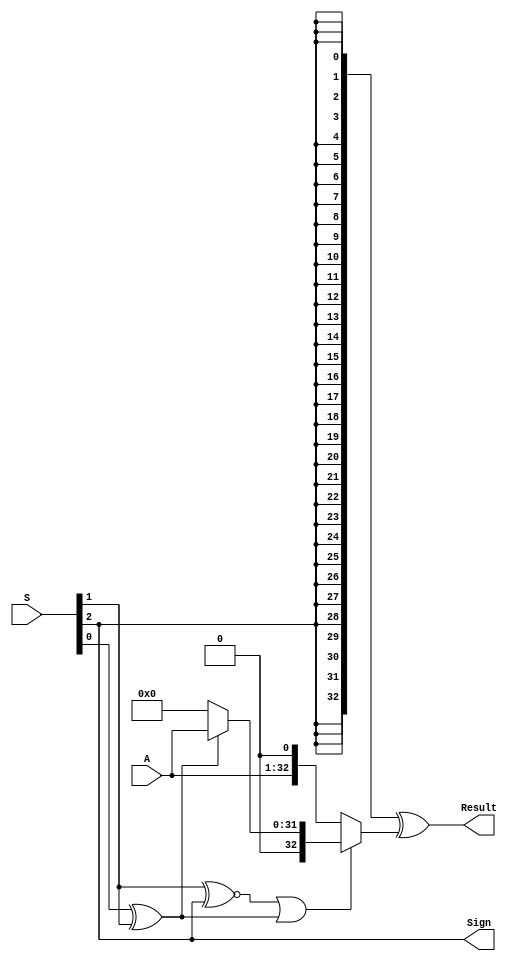
/*
 * Copyright (c) 2023-2024 C*Core Technology Co.,Ltd,Suzhou.
 * Ventus-RTL is licensed under Mulan PSL v2.
 * You can use this software according to the terms and conditions of the Mulan PSL v2.
 * You may obtain a copy of Mulan PSL v2 at:
 *          http://license.coscl.org.cn/MulanPSL2
 * THIS SOFTWARE IS PROVIDED ON AN "AS IS" BASIS, WITHOUT WARRANTIES OF ANY KIND,
 * EITHER EXPRESS OR IMPLIED, INCLUDING BUT NOT LIMITED TO NON-INFRINGEMENT,
 * MERCHANTABILITY OR FIT FOR A PARTICULAR PURPOSE.
 * See the Mulan PSL v2 for more details. */
// Description:booth
`timescale 1ns/1ns
module Booth #(parameter WORDLEN=32) (
	/* from LSB to MSB */
	input [2:0] S,
	input [WORDLEN-1:0] A,
	output wire [WORDLEN:0] Result,
	output wire Sign
);

	reg valency_2;
	reg valency_1;

	assign Sign = S[2];
	assign Result = ({(WORDLEN+1){S[2]}} ^ (valency_2 ? {A, 1'b0} : (valency_1 ? {1'b0, A} : {9'b0})));

	always@(S, A) begin
		valency_1 = S[0] ^ S[1];
		valency_2 = ~((S[1] ~^ S[2]) | valency_1);
	end

endmodule